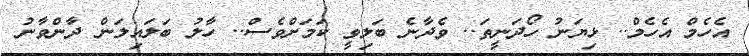
އެހެމް އެހެމް.. ޅިޔަނު ހޯދަނީތަ.. ވެދާނެ ބަލިވީ ކަމަށްވެސް.. ހާލު ބަލައިލަން ދާންވާނު